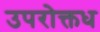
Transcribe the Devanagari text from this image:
उपरोक्तध